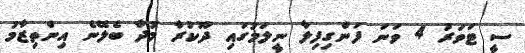
ސީ ޓަވަރު 4 ވަނަ ފަންގިފިލާ ނީލަމުގައި ދޫކުރާ މުދާ ބެލޭނެ އިންތިޒާމު